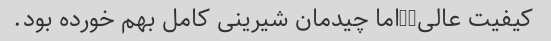
کیفیت عالی,,اما چیدمان شیرینی کامل بهم خورده بود.